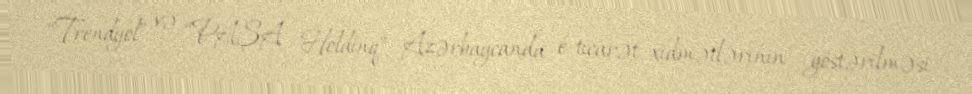
“Trendyol” və “PAŞA Holdinq” Azərbaycanda e-ticarət xidmətlərinin göstərilməsi